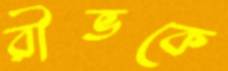
রীভকে